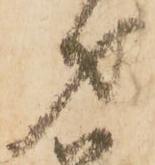
才